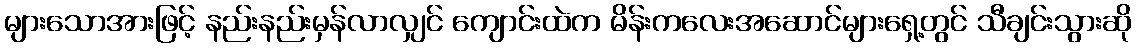
များသောအားဖြင့် နည်းနည်းမှန်လာလျှင် ကျောင်းထဲက မိန်းကလေးအဆောင်များရှေ့တွင် သီချင်းသွားဆို